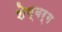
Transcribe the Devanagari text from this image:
शेम्बर्ग